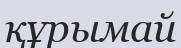
құрымай